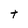
Character: t